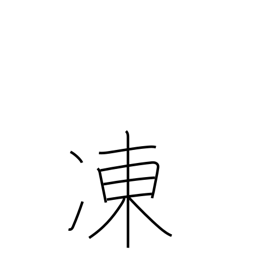
Meaning: frozen